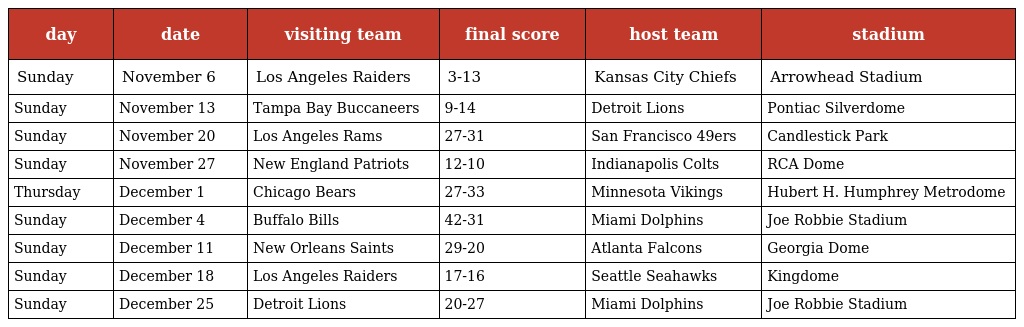
| day | date | visiting team | final score | host team | stadium |
 | --- | --- | --- | --- | --- | --- |
 | Sunday | November 6 | Los Angeles Raiders | 3-13 | Kansas City Chiefs | Arrowhead Stadium |
 | Sunday | November 13 | Tampa Bay Buccaneers | 9-14 | Detroit Lions | Pontiac Silverdome |
 | Sunday | November 20 | Los Angeles Rams | 27-31 | San Francisco 49ers | Candlestick Park |
 | Sunday | November 27 | New England Patriots | 12-10 | Indianapolis Colts | RCA Dome |
 | Thursday | December 1 | Chicago Bears | 27-33 | Minnesota Vikings | Hubert H. Humphrey Metrodome |
 | Sunday | December 4 | Buffalo Bills | 42-31 | Miami Dolphins | Joe Robbie Stadium |
 | Sunday | December 11 | New Orleans Saints | 29-20 | Atlanta Falcons | Georgia Dome |
 | Sunday | December 18 | Los Angeles Raiders | 17-16 | Seattle Seahawks | Kingdome |
 | Sunday | December 25 | Detroit Lions | 20-27 | Miami Dolphins | Joe Robbie Stadium |